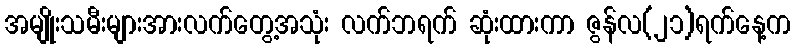
အမျိုးသမီးများအားလက်တွေ့အသုံး လက်ဘရက် ဆုံးထားကာ ဇွန်လ(၂၁)ရက်နေ့က